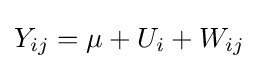
Y_{ij}=\mu +U_{i}+W_{ij}